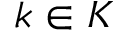
k \in K